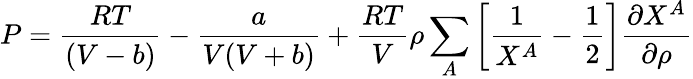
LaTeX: P={\frac{RT}{(V-b)}}-{\frac{a}{V(V+b)}}+{\frac{RT}{V}}\rho\sum_{A}\left[{\frac{1}{X^{A}}}-{\frac{1}{2}}\right]{\frac{\partial X^{A}}{\partial\rho}}